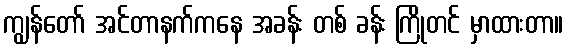
ကျွန်တော် အင်တာနက်ကနေ အခန်း တစ် ခန်း ကြိုတင် မှာထားတာ။